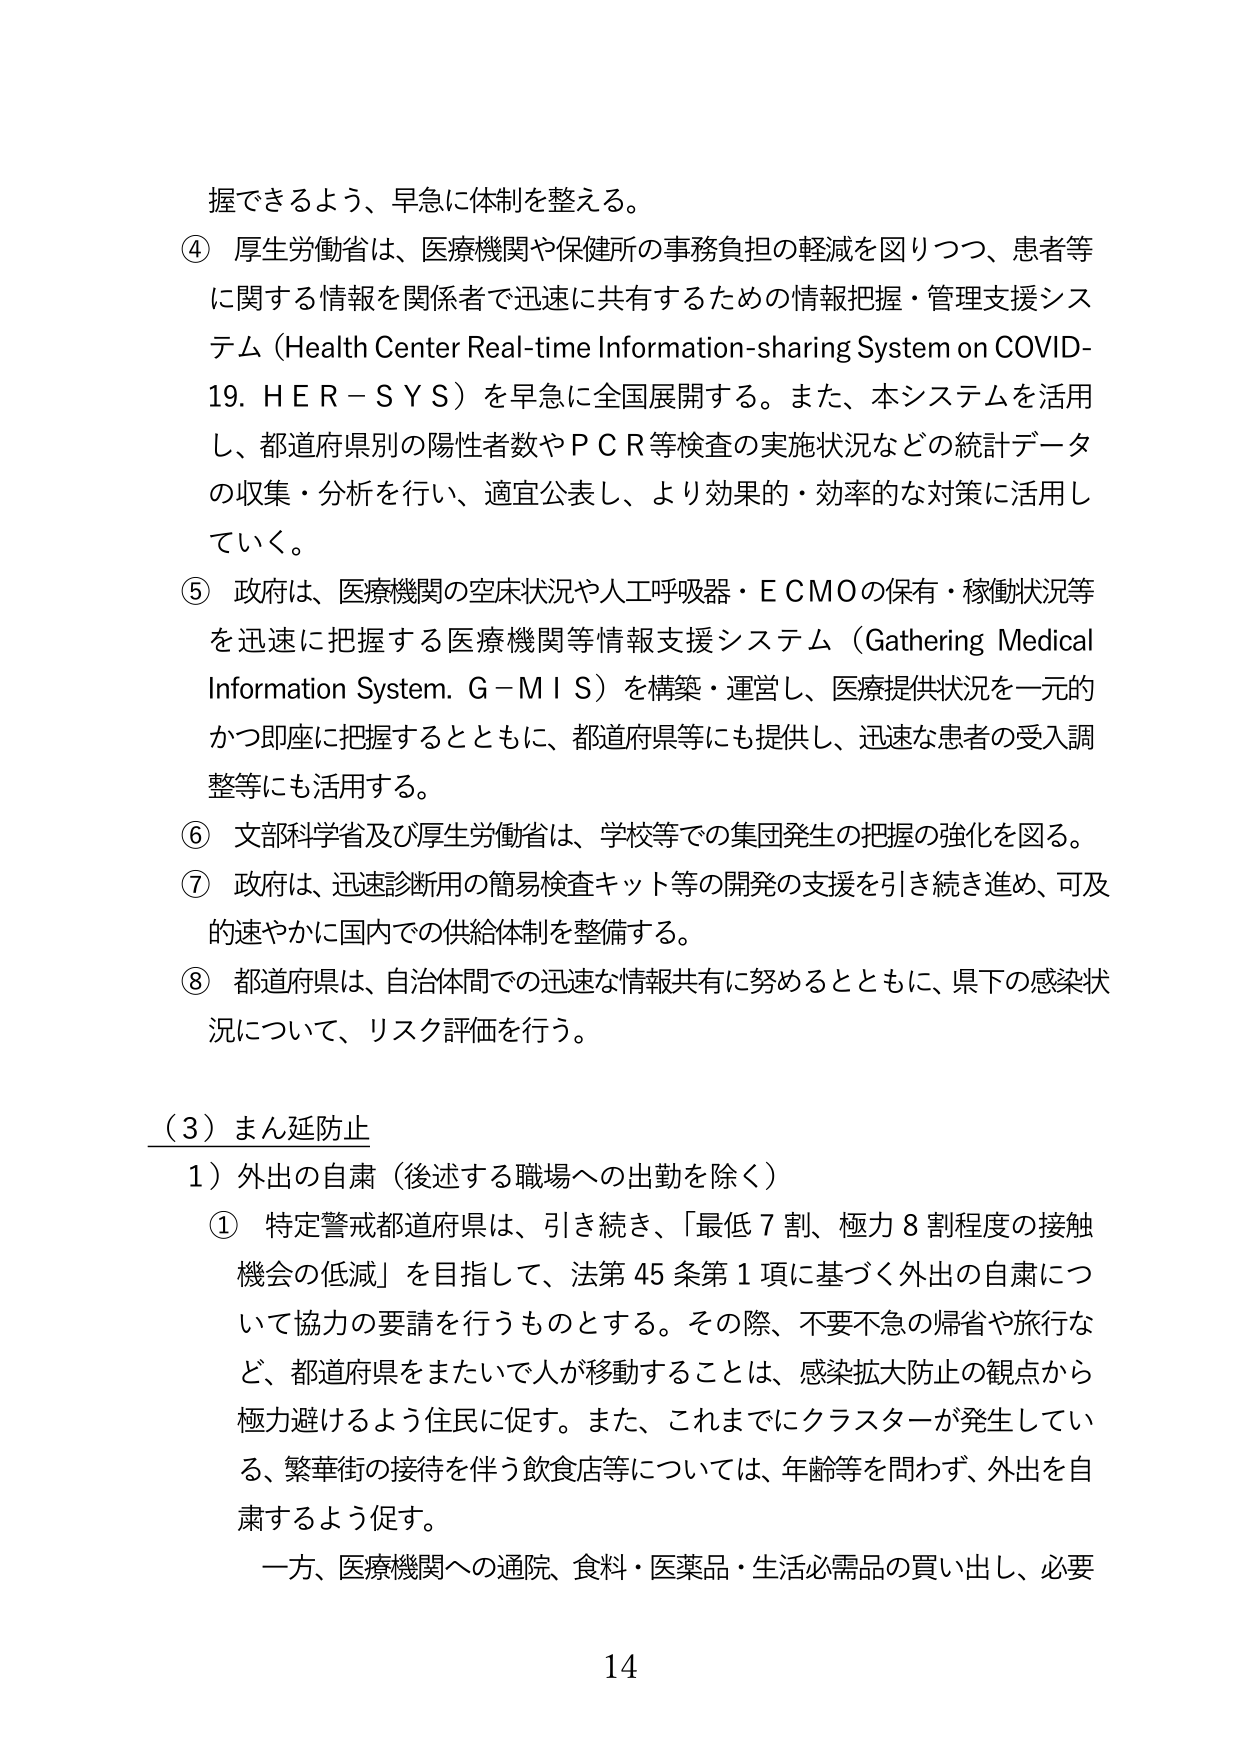
握できるよう、早急に体制を整える。

④ 厚生労働省は、医療機関や保健所の事務負担の軽減を図りつつ、患者等に関する情報を関係者で迅速に共有するための情報把握・管理支援システム（Health Center Real-time Information-sharing System on COVID-19. H E R－S Y S）を早急に全国展開する。また、本システムを活用し、都道府県別の陽性者数やＰＣＲ等検査の実施状況などの統計データの収集・分析を行い、適宜公表し、より効果的・効率的な対策に活用していく。

⑤ 政府は、医療機関の空床状況や人工呼吸器・ＥＣＭＯの保有・稼働状況等を迅速に把握する医療機関等情報支援システム（Gathering Medical Information System. G－M I S）を構築・運営し、医療提供状況を一元的かつ即座に把握するとともに、都道府県等にも提供し、迅速な患者の受入調整等にも活用する。

⑥ 文部科学省及び厚生労働省は、学校等での集団発生の把握の強化を図る。

⑦ 政府は、迅速診断用の簡易検査キット等の開発の支援を引き続き進め、可及的速やかに国内での供給体制を整備する。

⑧ 都道府県は、自治体間での迅速な情報共有に努めるとともに、県下の感染状況について、リスク評価を行う。

（３）まん延防止

１）外出の自粛（後述する職場への出勤を除く）

① 特定警戒都道府県は、引き続き、「最低７割、極力８割程度の接触機会の低減」を目指して、法第45条第1項に基づく外出の自粛について協力の要請を行うものとする。その際、不要不急の帰省や旅行など、都道府県をまたいで人が移動することは、感染拡大防止の観点から極力避けるよう住民に促す。また、これまでにクラスターが発生している、繁華街の接待を伴う飲食店等については、年齢等を問わず、外出を自粛するよう促す。

一方、医療機関への通院、食料・医薬品・生活必需品の買い出し、必要

14